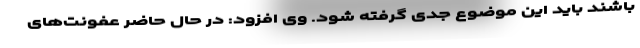
باشند باید این موضوع جدی گرفته شود. وی افزود: در حال حاضر عفونت‌های